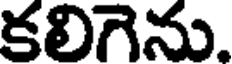
కలిగెను.